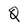
Character: Q